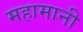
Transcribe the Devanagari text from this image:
महामानी